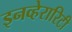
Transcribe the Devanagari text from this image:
इनव्हेरारिटी